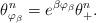
LaTeX: \begin{align*}\theta _{\varphi_{\beta}}^n = e^{\beta \varphi_{\beta}} \theta_+^n. \end{align*}